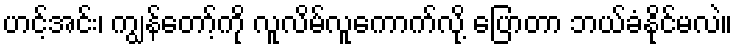
ဟင့်အင်း၊ ကျွန်တော့်ကို လူလိမ်လူကောက်လို့ ပြောတာ ဘယ်ခံနိုင်မလဲ။